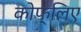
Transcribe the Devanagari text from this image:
कोफ्लिए